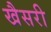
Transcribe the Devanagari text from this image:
खैसरी